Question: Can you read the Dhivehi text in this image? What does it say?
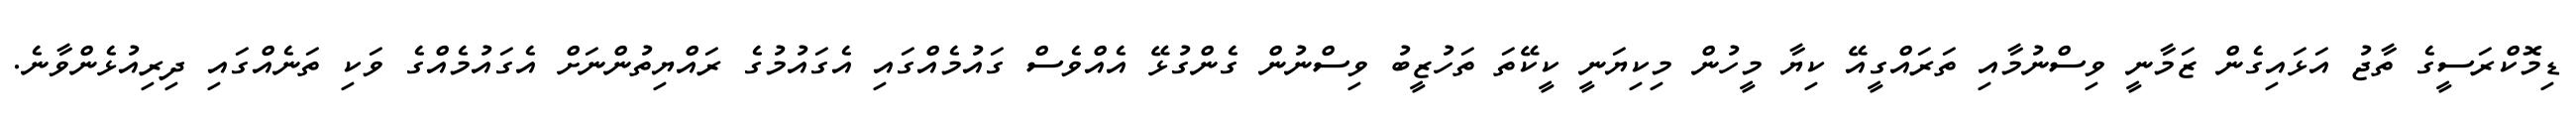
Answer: ޑިމޮކްރަސީގެ ތާޖު އަޅައިގެން ޒަމާނީ ވިސްނުމާއި ތަރައްގީއޭ ކިޔާ މީހުން މިކިޔަނީ ކީކޭތަ ތަހުޒީބު ވިސްނުން ގެންގުޅޭ އެއްވެސް ގައުމެއްގައި އެގައުމުގެ ރައްޔިތުންނަށް އެގައުމެއްގެ ވަކި ތަނެއްގައި ދިރިއުޅެންވާނެ.